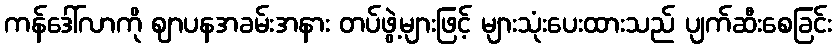
ကန်ဒေါ်လာကို ဈာပနအခမ်းအနား တပ်ဖွဲ့များဖြင့် များသုံးပေးထားသည် ပျက်ဆီးစေခြင်း